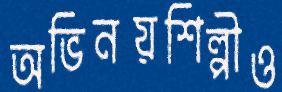
অভিনয়শিল্পীও